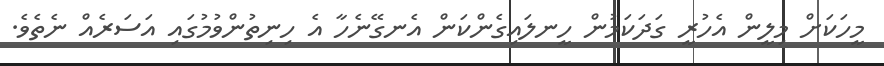
މީހަކަށް މިލީން އެހުރީ ގަދަކަމުން ހީނލައިގެންކަން އެނގޭނެހާ އެ ހިނިތުންވުމުގައި އަސަރެއް ނެތެވެ.